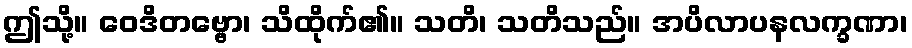
ဤသို့။ ဝေဒိတဗ္ဗော၊ သိထိုက်၏။ သတိ၊ သတိသည်။ အပိလာပနလက္ခဏာ၊